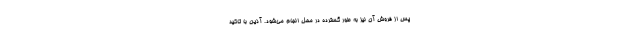
پس از فروش آن نیز به طور گسترده در محل انجام می‌شود. آذین با تاکید